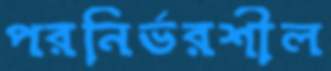
পরনির্ভরশীল